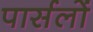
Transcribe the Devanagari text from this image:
पार्सलों